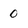
Character: 0